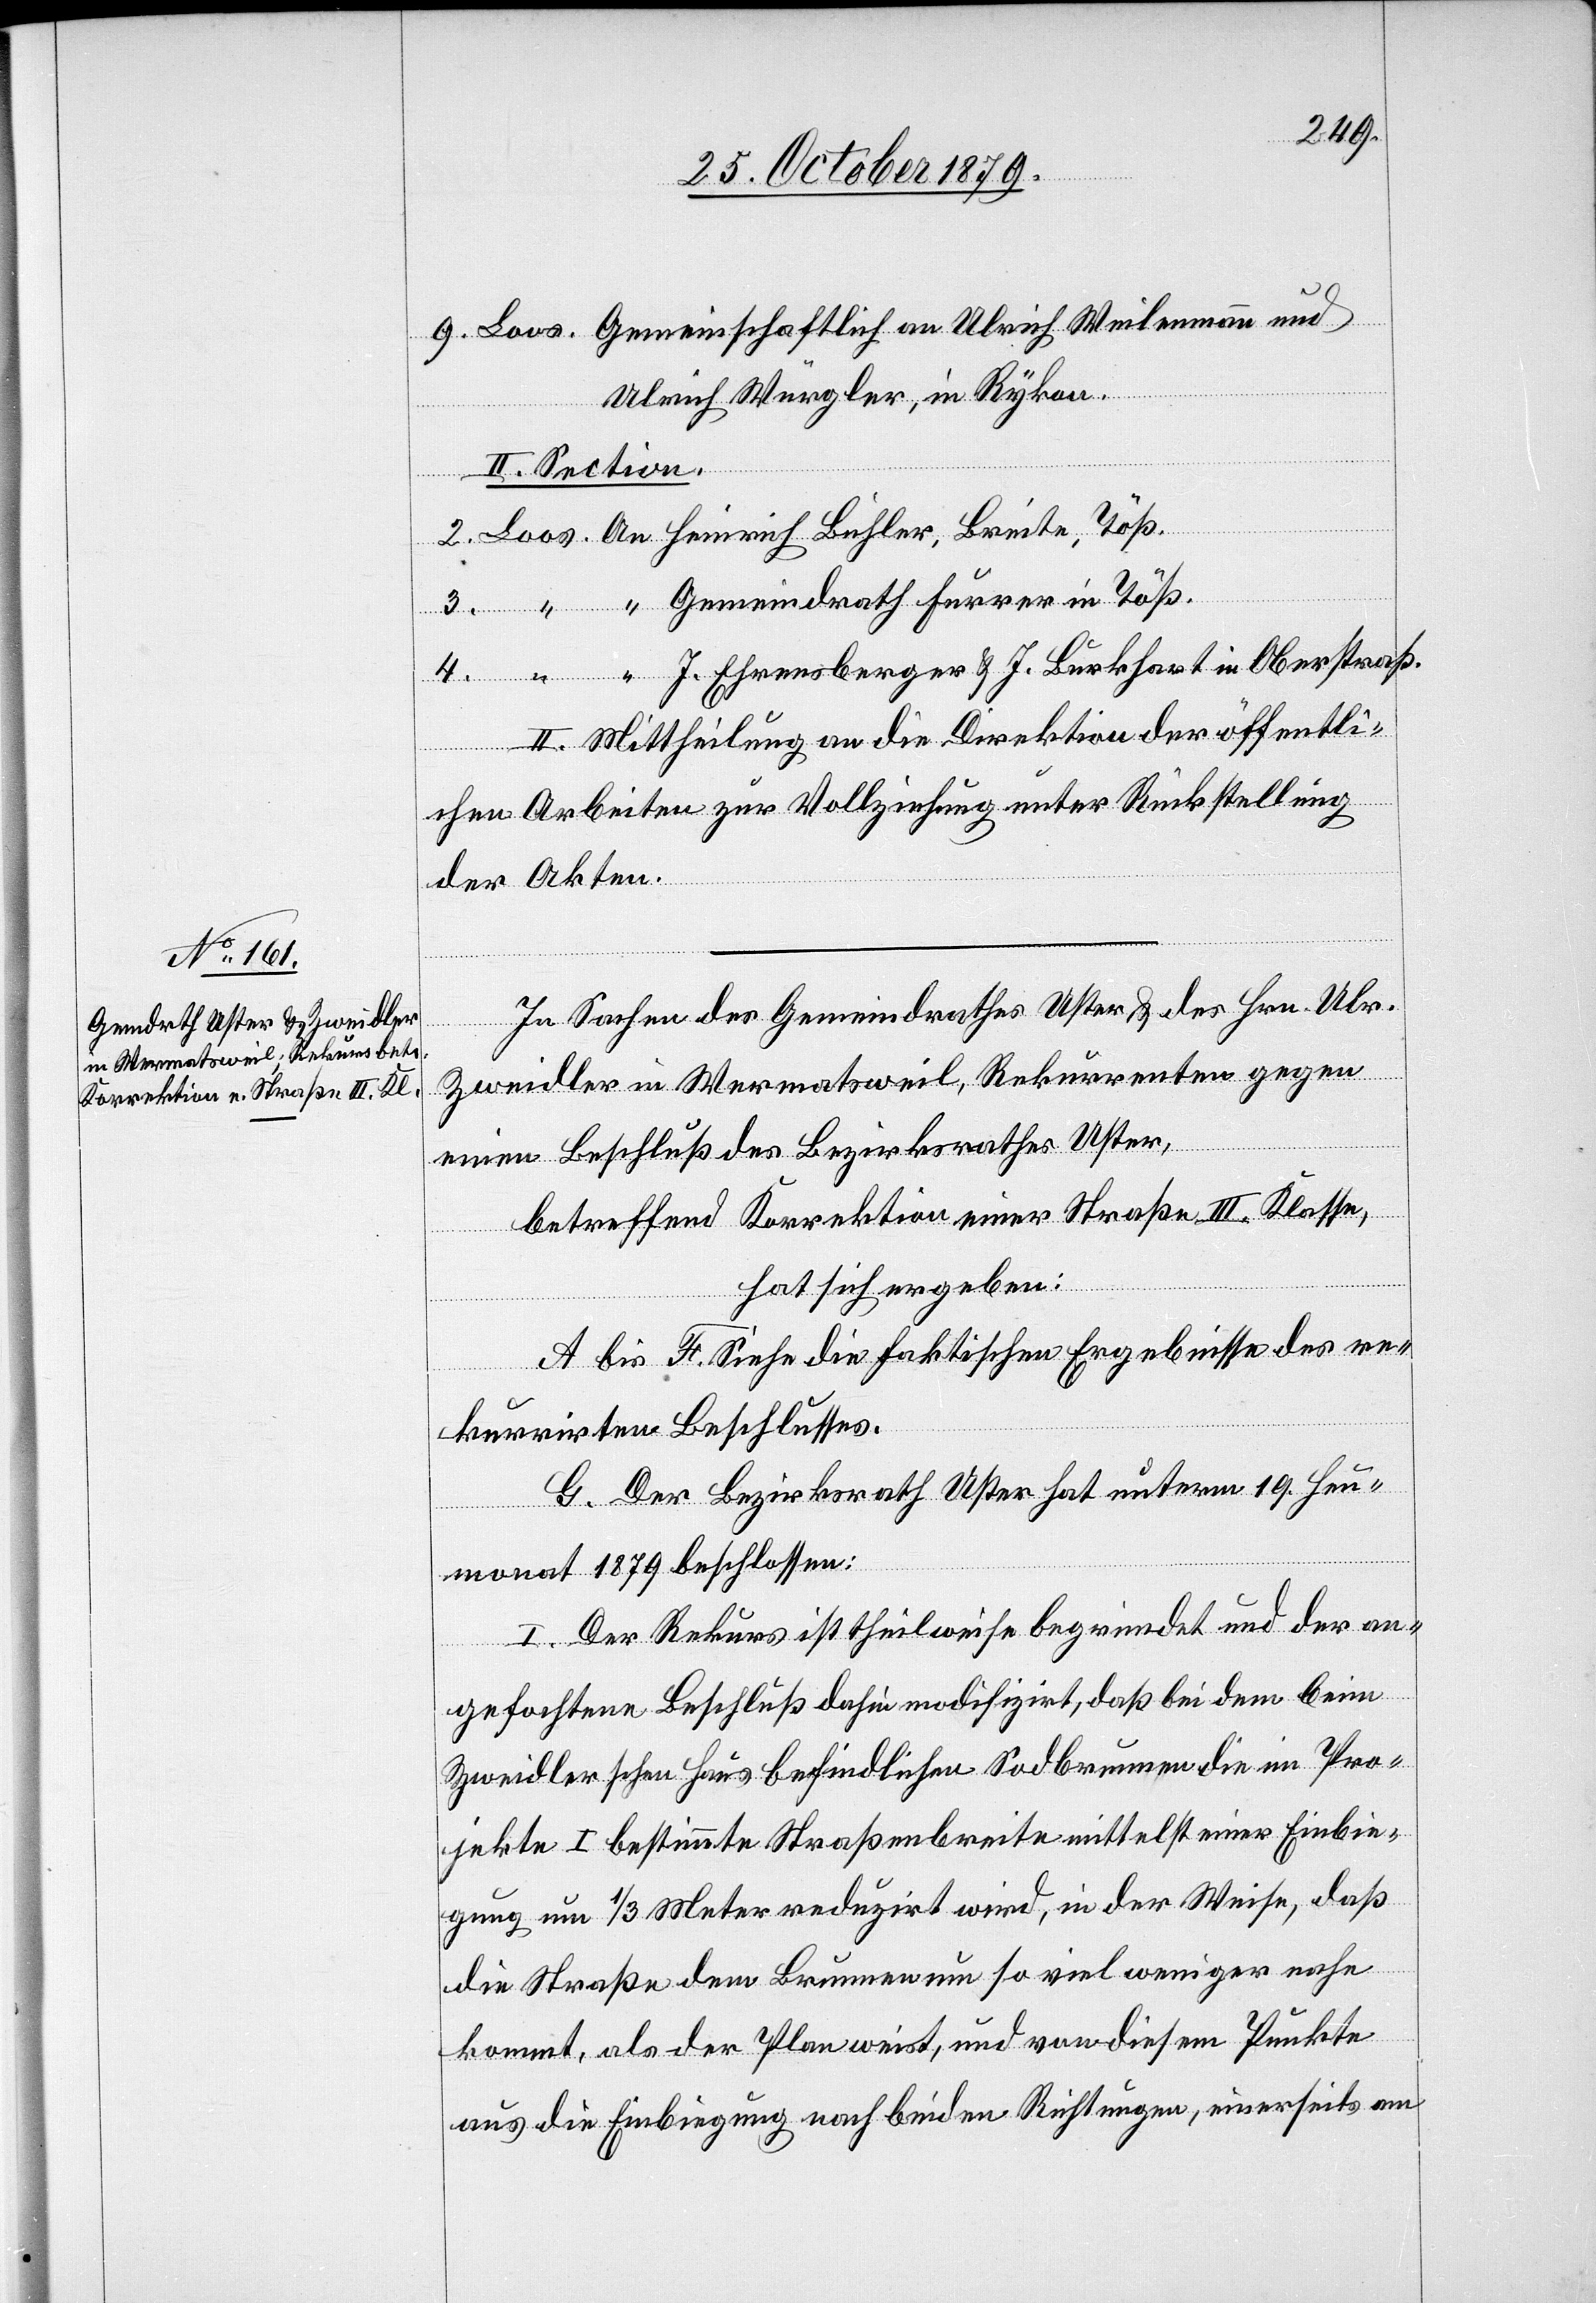
Ulrich Würgler, in Rykon.
II. Section.
“ Gemeindrath Furrer in Töß.
“ J. Ehrensberger & J. Burkhart in Oberstraß.
II. Mittheilung an die Direktion der öffentli¬
2.
chen Arbeiten zur Vollziehung unter Rückstellung
der Akten.
In Sachen des Gemeindrathes Uster & des Hrn. Ulr.
3. “
Zweidler in Wermatsweil, Rekurrenten gegen
einen Beschluß des Bezirksrathes Uster,
betreffend Korrektion einer Straße III. Klasse,
hat sich ergeben:
A. bis F. siehe die faktischen Ergebnisse des re¬
eite,
kurrirten Beschlusses.
G. Der Bezirksrath Uster hat unterm 19. Heu¬
monat 1879 beschlossen:
I. Der Rekurs ist theilweise begründet und der an¬
gefochtene Beschluß dahin modifizirt, daß bei dem beim
Zweidler schon Haus befindlichen Sodbrunnen die im Pro¬
jekte I bestimmte Straßenbreite mittelst einer Einbie¬
gung um 1/3 Meter reduzirt wird, in der Weise, daß
die Straße dem Brunnen um so viel weniger nahe
kommt, als der Plan weist, und von diesem Punkte
aus die Einbiegung nach beiden Richtungen, einerseits am